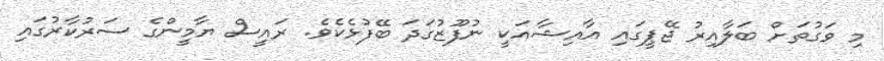
މި ވަގުތަށް ބަލާއިރު ޖޭޕީގައި އާއިޝާއަކީ ނުފޫޒުގަދަ ބޭފުޅެކެވެ. ރައީސް ޔާމީންގެ ސަރުކާރުގައި